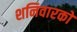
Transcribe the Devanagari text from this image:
शनिवारको